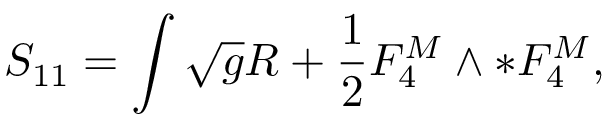
S _ { 1 1 } = \int \sqrt { g } R + \frac { 1 } { 2 } F _ { 4 } ^ { M } \wedge * F _ { 4 } ^ { M } ,